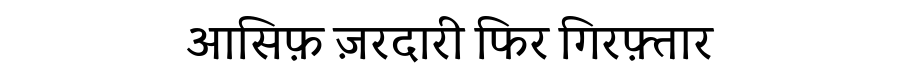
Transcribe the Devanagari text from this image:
आसिफ़ ज़रदारी फिर गिरफ़्तार